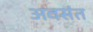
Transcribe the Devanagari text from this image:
अवसंत